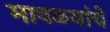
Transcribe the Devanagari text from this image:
मावळयांचे